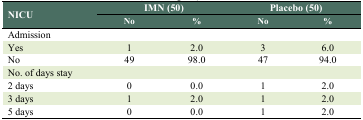
| <ROWSPAN=2> NICU | <COLSPAN=2> IMN (50) | <COLSPAN=2> Placebo (50) |
 | No | % | No | % |
 | --- | --- | --- | --- | --- |
 | Admission |  |  |  |  |
 | Yes | 1 | 2.0 | 3 | 6.0 |
 | No | 49 | 98.0 | 47 | 94.0 |
 | No. of days stay |  |  |  |  |
 | 2 days | 0 | 0.0 | 1 | 2.0 |
 | 3 days | 1 | 2.0 | 1 | 2.0 |
 | 5 days | 0 | 0.0 | 1 | 2.0 |